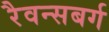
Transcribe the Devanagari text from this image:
रैवन्सबर्ग